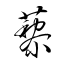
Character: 藜